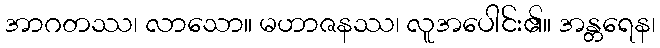
အာဂတဿ၊ လာသော။ မဟာဇနဿ၊ လူအပေါင်း၏။ အန္တရေန၊